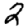
Digit: 2